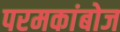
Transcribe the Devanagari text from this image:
परमकांबोज